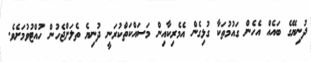
ދުނިޔޭގެ ބައެއް އެހެން ގައުމުތަކާ ގުޅިގެން އެމެރިކާއިން މަސައްކަތްކުރަނީ ދުނިޔެ ތެލަށްޖެހުން ހުއްޓުވުމަށެވެ.